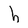
Character: h